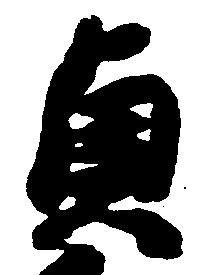
貞